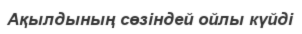
Ақылдының сөзіндей ойлы күйді